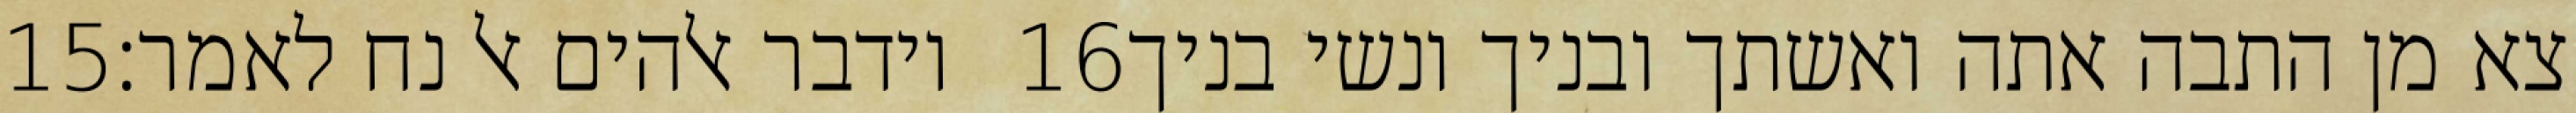
‎15‏ וידבר אלהים אל נח לאמר׃ ‎16‏ צא מן התבה אתה ואשתך ובניך ונשי בניך